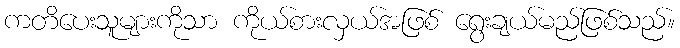
ကတိပေးသူများကိုသာ ကိုယ်စားလှယ်အဖြစ် ရွေးချယ်မည်ဖြစ်သည်။